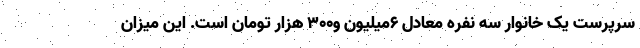
سرپرست یک خانوار سه نفره معادل 6میلیون و300 هزار تومان است. این میزان